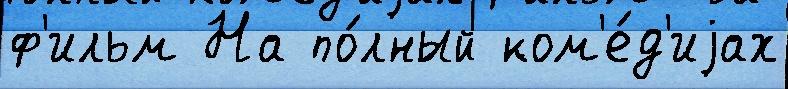
ф'ильм На по́лный ком'е́д'иjах